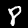
Label: 8